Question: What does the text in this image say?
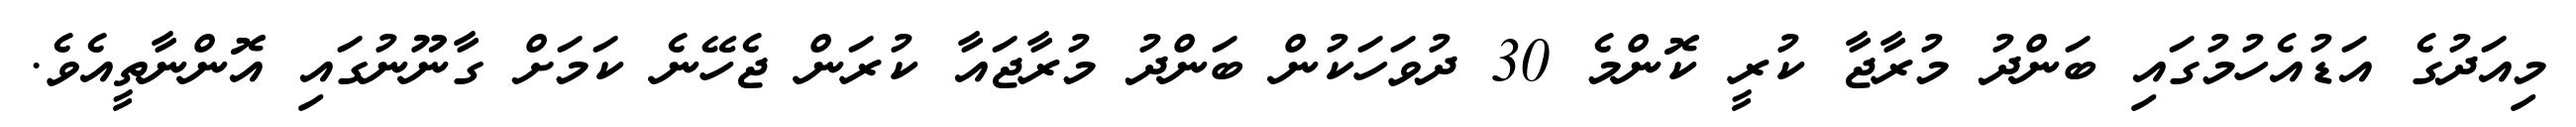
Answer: މިއަދުގެ އަޑުއެހުމުގައި ބަންދު މުރާޖާ ކުރީ ކޮންމެ 30 ދުވަހަކުން ބަންދު މުރާޖައާ ކުރަން ޖެހޭނެ ކަމަށް ގާނޫނުގައި އޮންނާތީއެވެ.